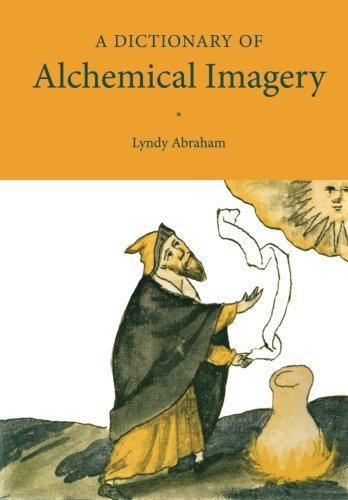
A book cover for A Dictionary of Alchemical Imagery; Lyndy Abraham; Reference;